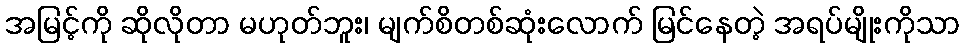
အမြင့်ကို ဆိုလိုတာ မဟုတ်ဘူး၊ မျက်စိတစ်ဆုံးလောက် မြင်နေတဲ့ အရပ်မျိုးကိုသာ